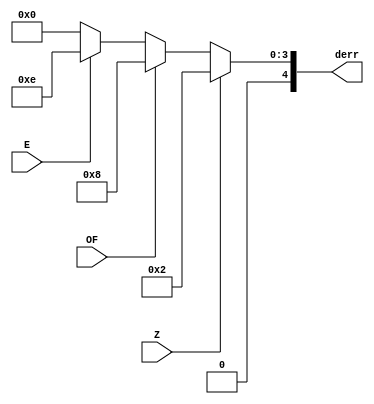
`timescale 1ns / 1ps
//////////////////////////////////////////////////////////////////////////////////
// Company: 
// Engineer: 
// 
// Design Name: 
// Module Name: dec_err
// Project Name: 
// Target Devices: 
// Tool Versions: 
// Description: 
// 
// Dependencies: 
// 
// Revision:
// Revision 0.01 - File Created
// Additional Comments:
// 
//////////////////////////////////////////////////////////////////////////////////


module dec_err(Z, OF, E, derr);
    input Z, OF, E;
    output reg [4:0] derr;
    
    always@(Z or OF or E) begin
        if(Z) derr=4'b0010;
        else if(OF) derr=4'b1000;
        else if(E) derr=4'b1110;
        else derr=4'b0000;
    end
endmodule